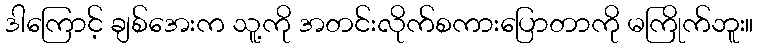
ဒါကြောင့် ချစ်အေးက သူ့ကို အတင်းလိုက်စကားပြောတာကို မကြိုက်ဘူး။